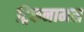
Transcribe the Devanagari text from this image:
ट्रिकनामस